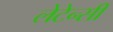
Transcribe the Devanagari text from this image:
लेटेन्सी